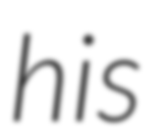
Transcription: his